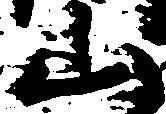
山